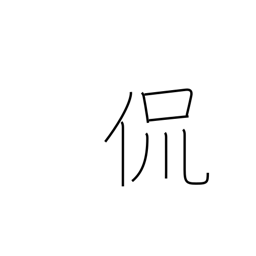
Meaning: just